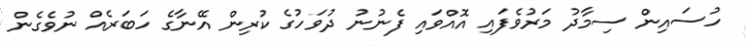
ހުސައިން ސިމާދު މަރުވެފައި އޮއްވައި ފެނުނު ދުވަހުގެ ކުރިން އޭނާގެ ހަބަރެއް ނުވެގެން